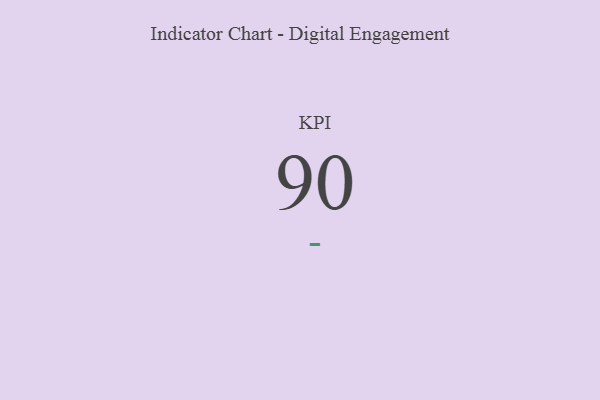
{"axis": {"x": "KPI", "y": "Value"}, "legend": [""], "data": [{"x": "KPI", "y": 90, "type": ""}]}